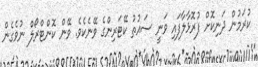
ކުރަމުން ދަނިކޮށް ފުރޮޅާލާފައި ވަނީ ސައުތު ކޭޓަރިންގެ ވޭނެކެވެ. ވޭން ކޮންޓްރޯލް ނުވެގެން